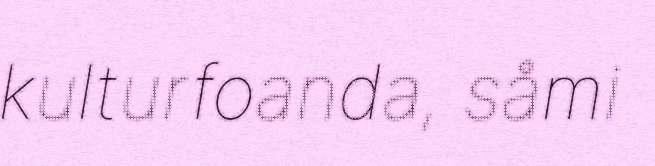
kulturfoanda, såmi